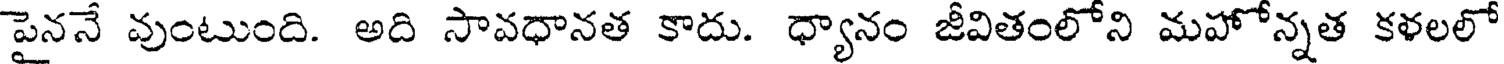
పైననే వుంటుంది. అది సావధానత కాదు. ధ్యానం జీవితంలోని మహోన్నత కళలలో